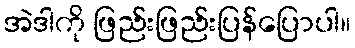
အဲဒါကို ဖြည်းဖြည်းပြန်ပြောပါ။